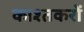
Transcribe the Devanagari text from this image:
काश्तकरों